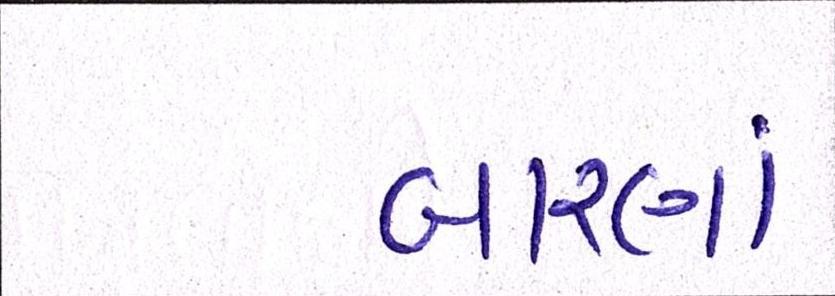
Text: બારણાં